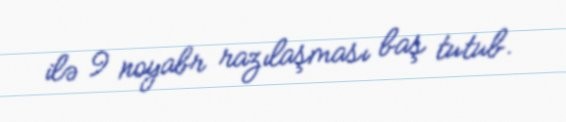
ilə 9 noyabr razılaşması baş tutub.